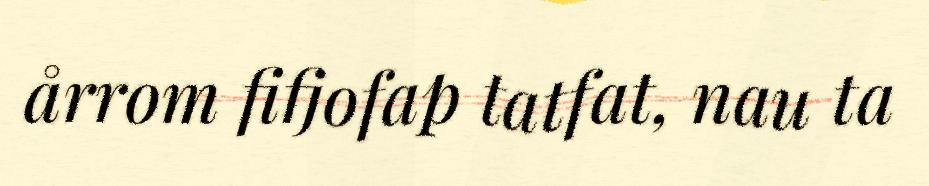
årrom fifjofap tatfat, nau ta